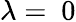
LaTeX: \lambda=~0